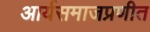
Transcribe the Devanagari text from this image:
आर्यसमाजप्रणीत